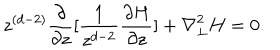
LaTeX: z ^ { ( d - 2 ) } \frac { \partial } { { \partial } z } [ \frac { 1 } { z ^ { d - 2 } } \frac { { \partial } H } { { \partial } z } ] + { \nabla } _ { \perp } ^ { 2 } H = 0 .